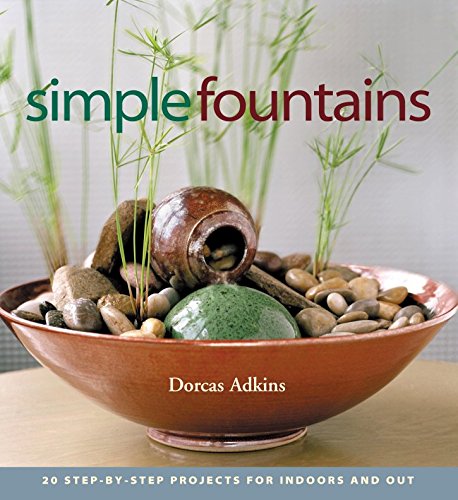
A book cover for Simple Fountains; Dorcas Adkins; Crafts, Hobbies & Home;